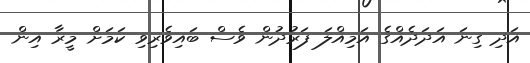
އަދި ގިނަ އަދަދެއްގެ އަމިއްލަ ފަރުދުން ވެސް ބައިވެރިވި ކަމަށް މީރާ އިން